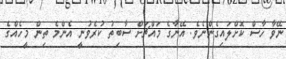
ނޭވާ ހާސް ކޮށްލައިގެންނެވެ. އޭނާގެ މައްޗަށް ސާބިތު ކުރެވުނީ އެންމެ ތިން މީހެއްގެ